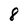
Character: 8